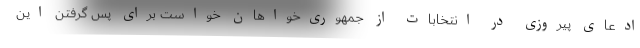
ادعای پیروزی در انتخابات از جمهوری‌خواهان خواست برای پس گرفتن این